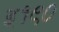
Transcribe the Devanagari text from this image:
इ१९०